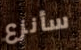
سأنزع